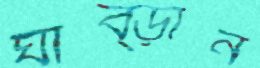
ঘাব্‌ড়ান